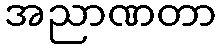
အညာဏတာ